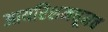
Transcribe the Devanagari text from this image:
आयरिशमधूनच